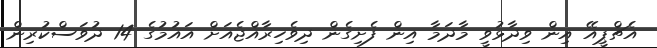
އެޗްޕީއޭ އިން ވިދާޅުވީ މާދަމާ އިން ފެށިގެން ދިވެހިރާއްޖެއަށް އައުމުގެ 14 ދުވަސްކުރިން